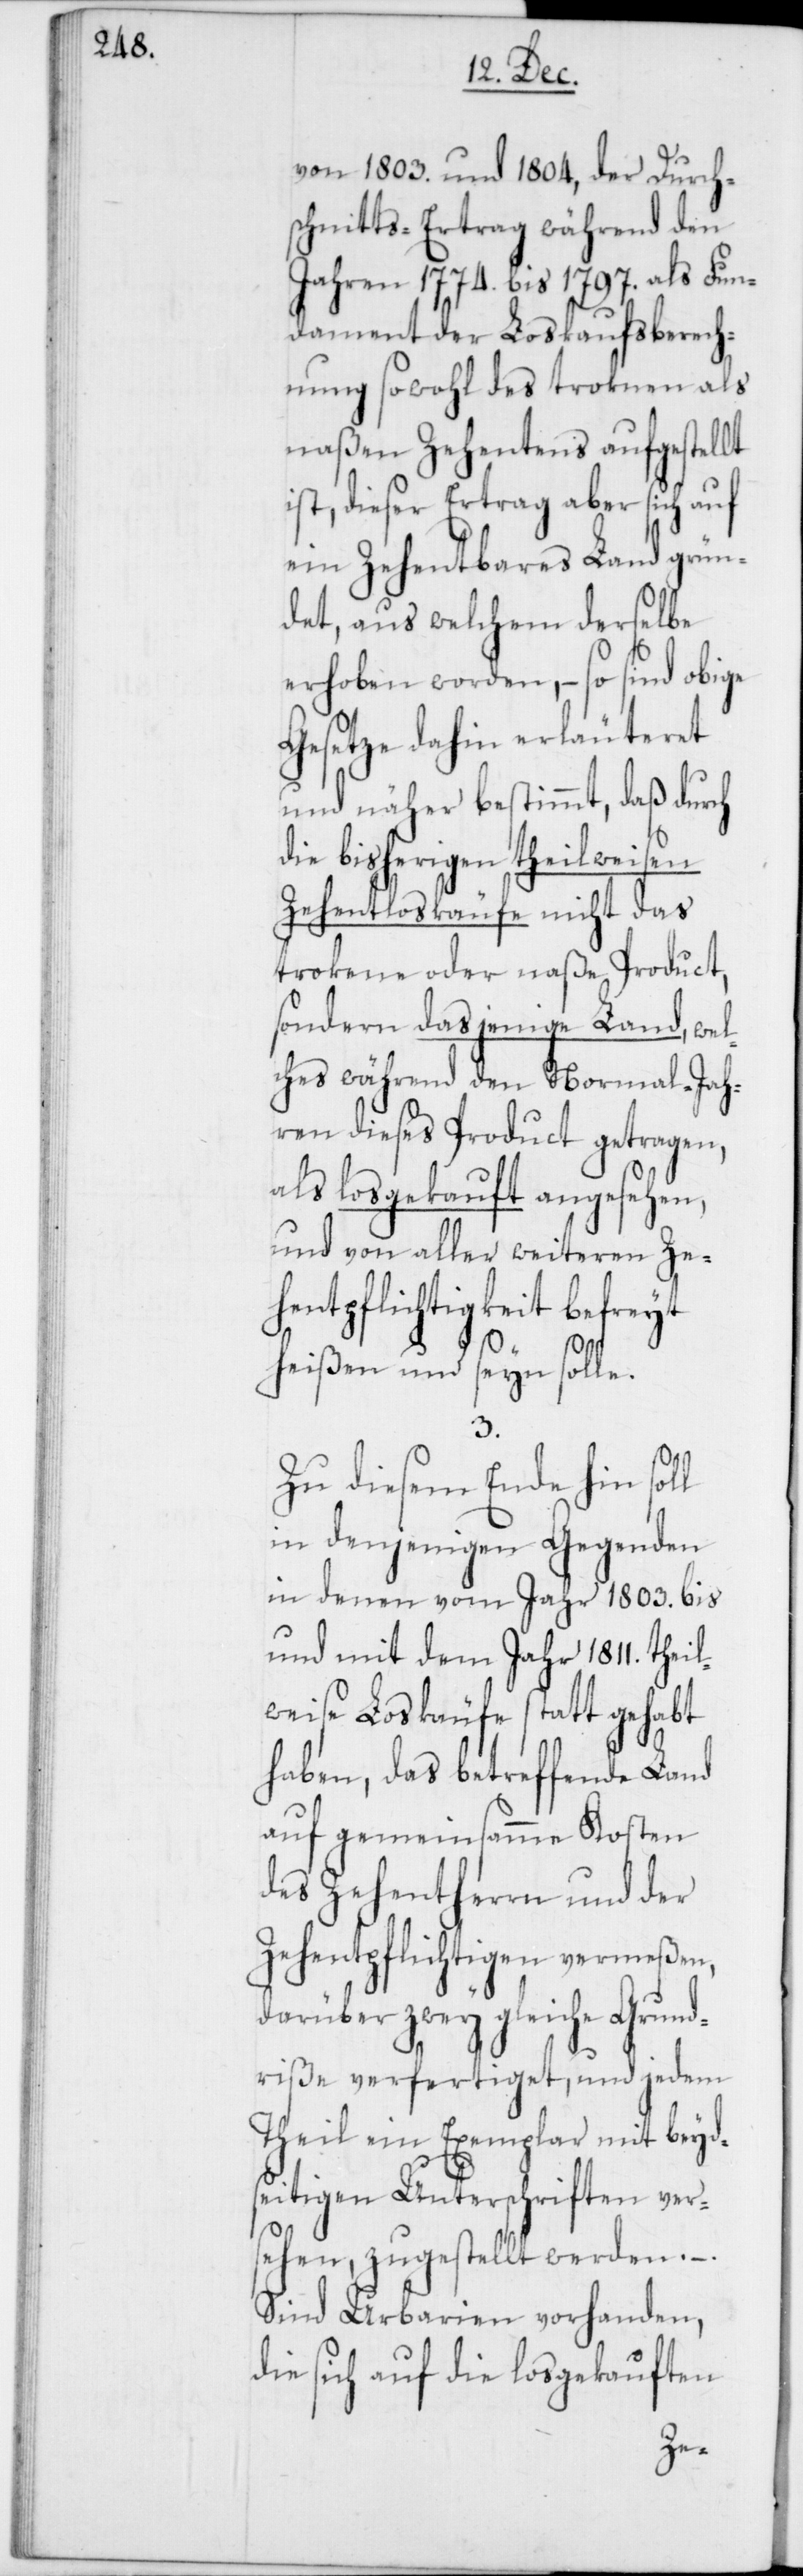
von 1803. und 1804, der Durch¬
schnitts-Ertrag während den
Jahren 1774. bis 1797. als Fun¬
dament der Loskaufsberech¬
nung sowohl des troknen als
naßen Zehentens aufgestellt
ist, dieser Ertrag aber sich auf
ein Zehentbares Land grün¬
det, aus welchem derselbe
erhoben worden, – so sind obige
Gesetze dahin erläuteret
und näher bestimmt, daß durch
die bisherigen theilweisen
Zehentloskäufe nicht das
trokene oder naße Product,
sondern dasjenige Land, wel¬
ches während den Normal-Jah¬
ren dieses Product getragen,
als losgekauft angesehen,
und von aller weiteren Ze¬
hentpflichtigkeit befreyt
heißen und seyn solle.
3.
Zu diesem Ende hin soll
in denjenigen Gegenden
in denen vom Jahr 1803. bis
und mit dem Jahr 1811. theil¬
weise Loskäufe statt gehabt
haben, das betreffende Land
auf gemeinsamme Kosten
des Zehentherrn und der
Zehentpflichtigen vermeßen,
darüber zwey gleiche Grund¬
riße verfertiget, und jedem
Theil ein Exemplar mit beyds¬
eitigen Unterschriften vers¬
ehen, zugestellt werden. –
Sind Urbarien vorhanden,
die sich auf die losgekauften